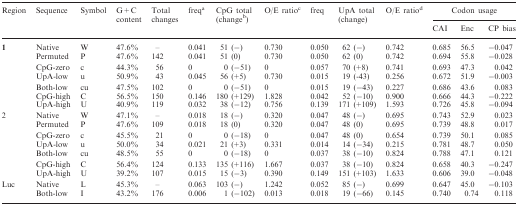
<table><thead><tr><td rowspan="2"><b>Region</b></td><td rowspan="2"><b>Sequence</b></td><td rowspan="2"><b>Symbol</b></td><td rowspan="2"><b>G + C content</b></td><td rowspan="2"><b>Total changes</b></td><td rowspan="2"><b>freq<sup>a</sup></b></td><td rowspan="2"><b>CpG total (change<sup>b</sup>)</b></td><td rowspan="2"><b>O/E ratio<sup>c</sup></b></td><td rowspan="2"><b>freq</b></td><td rowspan="2"><b>UpA total (change)</b></td><td rowspan="2"><b>O/E ratio<sup>d</sup></b></td><td colspan="3"><b>Codon usage</b></td></tr><tr><td><b>CAI</b></td><td><b>Enc</b></td><td><b>CP bias</b></td></tr></thead><tbody><tr><td rowspan="7"><b>1</b></td><td>Native</td><td>W</td><td>47.6%</td><td>–</td><td>0.041</td><td>51 (−)</td><td>0.730</td><td>0.050</td><td>62 (−)</td><td>0.742</td><td>0.685</td><td>56.5</td><td>−0.047</td></tr><tr><td>Permuted</td><td>P</td><td>47.6%</td><td>142</td><td>0.041</td><td>51 (0)</td><td>0.730</td><td>0.050</td><td>62 (0)</td><td>0.742</td><td>0.694</td><td>55.8</td><td>−0.028</td></tr><tr><td>CpG-zero</td><td>c</td><td>44.3%</td><td>56</td><td>0</td><td>0 (−51)</td><td>0</td><td>0.057</td><td>70 (+8)</td><td>0.741</td><td>0.693</td><td>47.3</td><td>0.042</td></tr><tr><td>UpA-low</td><td>u</td><td>50.9%</td><td>43</td><td>0.045</td><td>56 (+5)</td><td>0.730</td><td>0.015</td><td>19 (-43)</td><td>0.256</td><td>0.672</td><td>51.9</td><td>−0.003</td></tr><tr><td>Both-low</td><td>cu</td><td>47.5%</td><td>102</td><td>0</td><td>0 (−51)</td><td>0</td><td>0.015</td><td>19 (−43)</td><td>0.227</td><td>0.686</td><td>43.6</td><td>0.083</td></tr><tr><td>CpG-high</td><td>C</td><td>56.5%</td><td>150</td><td>0.146</td><td>180 (+129)</td><td>1.828</td><td>0.042</td><td>52 (−10)</td><td>0.900</td><td>0.666</td><td>44.3</td><td>−0.222</td></tr><tr><td>UpA-high</td><td>U</td><td>40.9%</td><td>119</td><td>0.032</td><td>38 (−12)</td><td>0.756</td><td>0.139</td><td>171 (+109)</td><td>1.593</td><td>0.726</td><td>45.8</td><td>−0.094</td></tr><tr><td rowspan="7">2</td><td>Native</td><td>W</td><td>47.1%</td><td>–</td><td>0.018</td><td>18 (−)</td><td>0.320</td><td>0.047</td><td>48 (−)</td><td>0.695</td><td>0.743</td><td>52.9</td><td>0.023</td></tr><tr><td>Permuted</td><td>P</td><td>47.6%</td><td>109</td><td>0.018</td><td>18 (0)</td><td>0.320</td><td>0.047</td><td>48 (0)</td><td>0.695</td><td>0.739</td><td>48.8</td><td>0.017</td></tr><tr><td>CpG-zero</td><td>c</td><td>45.5%</td><td>21</td><td>0</td><td>0 (−18)</td><td>0</td><td>0.047</td><td>48 (0)</td><td>0.654</td><td>0.739</td><td>50.1</td><td>0.085</td></tr><tr><td>UpA-low</td><td>u</td><td>50.0%</td><td>34</td><td>0.021</td><td>21 (+3)</td><td>0.331</td><td>0.014</td><td>14 (−34)</td><td>0.215</td><td>0.781</td><td>48.7</td><td>0.050</td></tr><tr><td>Both-low</td><td>cu</td><td>48.5%</td><td>55</td><td>0</td><td>0 (−18)</td><td>0</td><td>0.037</td><td>38 (−10)</td><td>0.824</td><td>0.788</td><td>47.1</td><td>0.121</td></tr><tr><td>CpG-high</td><td>C</td><td>56.4%</td><td>124</td><td>0.133</td><td>135 (+116)</td><td>1.667</td><td>0.037</td><td>38 (−10)</td><td>0.824</td><td>0.658</td><td>40.3</td><td>−0.247</td></tr><tr><td>UpA-high</td><td>U</td><td>39.2%</td><td>107</td><td>0.015</td><td>15 (−3)</td><td>0.390</td><td>0.149</td><td>151 (+103)</td><td>1.633</td><td>0.606</td><td>39.0</td><td>−0.048</td></tr><tr><td rowspan="2">Luc</td><td>Native</td><td>L</td><td>45.3%</td><td>–</td><td>0.063</td><td>103 (−)</td><td>1.242</td><td>0.052</td><td>85 (−)</td><td>0.699</td><td>0.647</td><td>45.0</td><td>−0.103</td></tr><tr><td>Both-low</td><td>I</td><td>43.2%</td><td>176</td><td>0.006</td><td>1 (−102)</td><td>0.013</td><td>0.018</td><td>19 (−66)</td><td>0.145</td><td>0.740</td><td>0.74</td><td>0.118</td></tr></tbody></table>